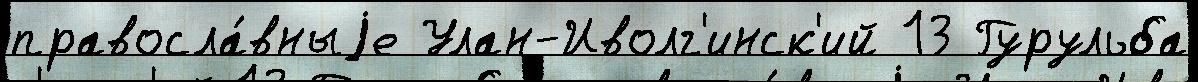
правосла́вныjе Улан-Иволг'инск'ий 13 Гурульба